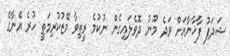
ޝަދަފު ފާޚާނާއަށް ވަދެ މޫނު ދޮވެލައިގެން ނުކުމެ ރީތިވާ މޭޒުކުރިމަތީ ހުރެ އޭނާގެ